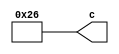
// -------------------------------------------------------------
// 
// 
// Generated by MATLAB 9.14 and HDL Coder 4.1
// 
// -------------------------------------------------------------


// -------------------------------------------------------------
// 
// Module: b4_2_block1
// Source Path: FP_sub/fp model/FIR_section_3/b4_2
// Hierarchy Level: 2
// 
// -------------------------------------------------------------

`timescale 1 ns / 1 ns

module b4_2_block1
          (c);


  output  signed [11:0] c;  // sfix12_En11


  wire signed [11:0] b4_out1;  // sfix12_En11


  assign b4_out1 = 12'sb000000100110;



  assign c = b4_out1;

endmodule  // b4_2_block1